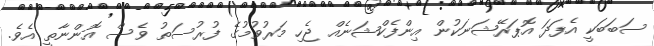
ސަބަބަކީ އެފަދަ އޮޕަރޭޝަނަކުން އިންފެކްޝަނެއް ޖެހި މަރުވުމުގެ ފުރުސަތު ވެސް އޮންނާތީ އެވެ.